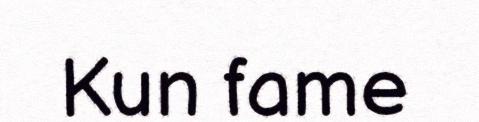
Kun fame